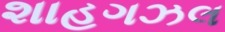
શાહગઝલ